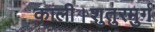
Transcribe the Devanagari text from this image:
काली।शुतुरमुर्ग